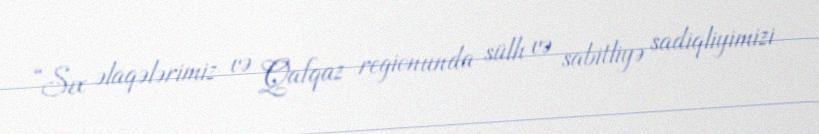
“Sıx əlaqələrimiz və Qafqaz regionunda sülh və sabitliyə sadiqliyimizi